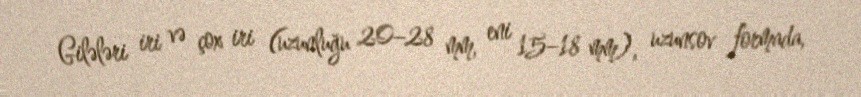
Gilələri iri və çox iri (uzunluğu 20–28 mm, eni 15–18 mm), uzunsov formada,